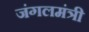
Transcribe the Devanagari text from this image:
जंगलमंत्री